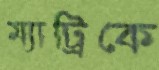
ম্যাট্রিকে